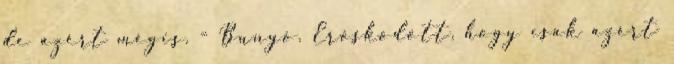
de azért mégis. - Bunyó. Erősködött, hogy csak azért